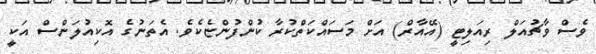
ވެސް ވާޗުއަލް ރިއަލިޓީ (އޭއާރް) އަށް މަސައްކަތްކުރާ ކުންފުންޏެކެވެ. އެތަނުގެ އޮކިއުލަންސް އަކީ